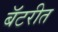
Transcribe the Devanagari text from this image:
बॅटरीत